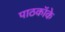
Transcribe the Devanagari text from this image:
पाठकॉके